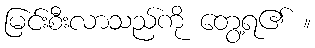
မြင်းစီးလာသည်ကို တွေ့ရ၏ ။